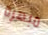
مبهرة